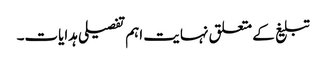
تبلیغ کے متعلق نہایت اہم تفصیلی ہدایات۔